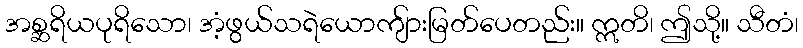
အစ္ဆရိယပုရိသော၊ အံ့ဖွယ်သရဲယောကျ်ားမြတ်ပေတည်း။ ဣတိ၊ ဤသို့။ သီတံ၊